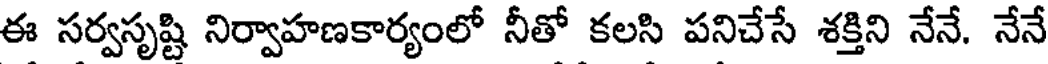
ఈ సర్వసృష్టి నిర్వాహణకార్యంలో నీతో కలసి పనిచేసే శక్తిని నేనే. నేనే